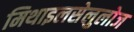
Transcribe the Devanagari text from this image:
मिथाइलसेलुलोज